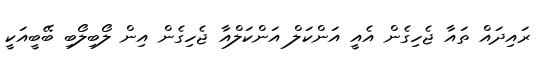
ރައިދައް ތައާ ޖެހިގެން އެއީ އަންކަލް އަންކަލްއާ ޖެހިގެން އިން ލޯބިލޯބި ބޭބީއަކީ